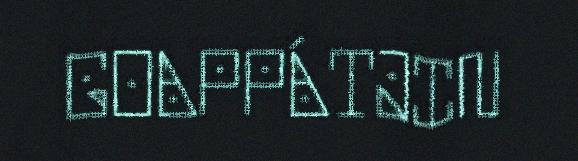
GOAPPÁTJIN